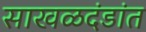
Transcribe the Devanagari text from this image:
साखळदंडांत